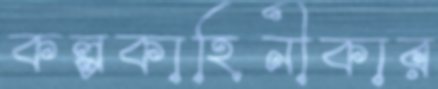
কল্পকাহিনীকার